Plague in India, 1896, 1897 - Volume 3
Year: 1896
Disease focus: Plague
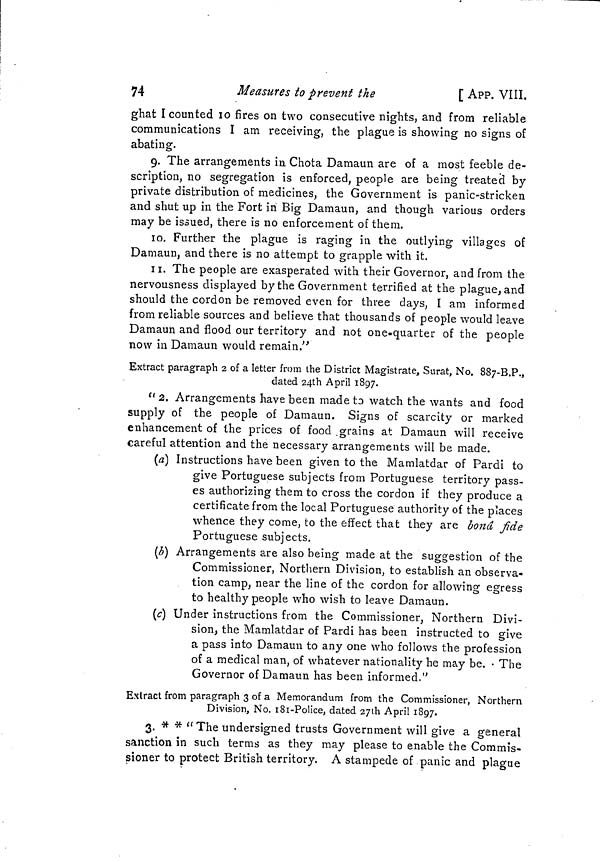
74
Measures to prevent the
[ APP. VIII.
ghat I counted 10 fires on two consecutive nights, and from reliable
communications I am receiving, the plague is showing no signs of
abating.
9. The arrangements in Chota Damaun are of a most feeble de-
scription, no segregation is enforced, people are being treated by
private distribution of medicines, the Government is panic-stricken
and shut up in the Fort in Big Damaun, and though various orders
may be issued, there is no enforcement of them.
10. Further the plague is raging in the outlying villages of
Damaun, and there is no attempt to grapple with it.
11. The people are exasperated with their Governor, and from the
nervousness displayed by the Government terrified at the plague, and
should the cordon be removed even for three days, I am informed
from reliable sources and believe that thousands of people would leave
Damaun and flood our territory and not one-quarter of the people
now in Damaun would remain."
Extract paragraph 2 of a letter from the District Magistrate, Surat, No. 887-B.P.,
dated 24th April 1897.
" 2. Arrangements have been made to watch the wants and food
supply of the people of Damaun. Signs of scarcity or marked
enhancement of the prices of food grains at Damaun will receive
careful attention and the necessary arrangements will be made.
(a) Instructions have been given to the Mamlatdar of Pardi to
give Portuguese subjects from Portuguese territory pass-
es authorizing them to cross the cordon if they produce a
certificate from the local Portuguese authority of the places
whence they come, to the effect that they are bond, fide
Portuguese subjects.
(b) Arrangements are also being made at the suggestion of the
Commissioner, Northern Division, to establish an observa-
tion camp, near the line of the cordon for allowing egress
to healthy people who wish to leave Damaun.
(c) Under instructions from the Commissioner, Northern Divi-
sion, the Mamlatdar of Pardi has been instructed to give
a pass into Damaun to any one who follows the profession
of a medical man, of whatever nationality he may be. The
Governor of Damaun has been informed."
Extract from paragraph 3 of a Memorandum from the Commissioner, Northern
Division, No. 181-Police, dated 27th April 1897.
3. * * " The undersigned trusts Government will give a general
sanction in such terms as they may please to enable the Commis-
sioner to protect British territory. A stampede of panic and plague